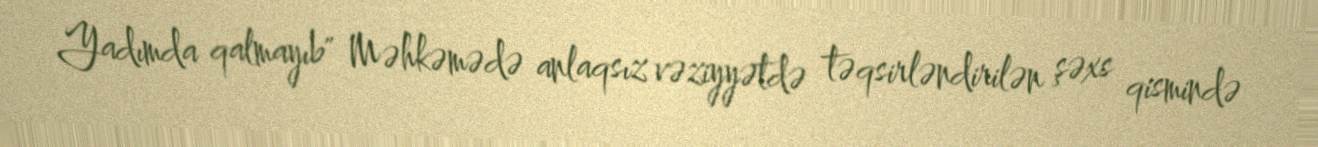
Yadımda qalmayıb" Məhkəmədə anlaqsız vəziyyətdə təqsirləndirilən şəxs qismində